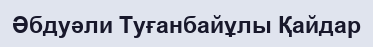
Әбдуәли Туғанбайұлы Қайдар